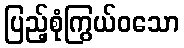
ပြည့်စုံကြွယ်ဝသော